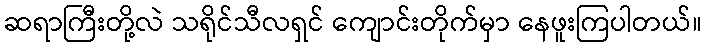
ဆရာကြီးတို့လဲ သရိုင်သီလရှင် ကျောင်းတိုက်မှာ နေဖူးကြပါတယ်။